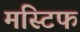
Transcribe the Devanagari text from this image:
मस्टिफ